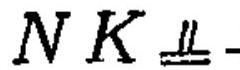
\(NK\equalparallel\)